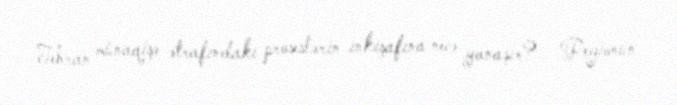
Tehran münaqişə ətrafındakı proseslərin inkişafına necə yanaşır?- Regionun